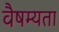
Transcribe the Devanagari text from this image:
वैषम्यता